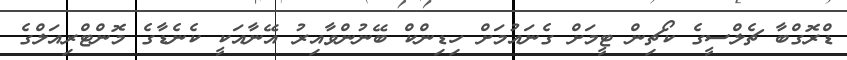
ޑްރޮގްބާ ޗެލްސީގެ ކޯޗިން ޓީމަށް ގެނައުމަށް ހިޑިންކް ބޭނުންވާއިރު އޭނާއަކީ ކެނެޑާގެ މޮންޓްރިއަލްގެ